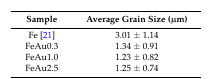
<table><thead><tr><td><b>Sample</b></td><td><b>Average Grain Size (μm) </b></td></tr></thead><tbody><tr><td>Fe [21]</td><td>3.01 ± 1.14 </td></tr><tr><td>FeAu0.3</td><td>1.34 ± 0.91 </td></tr><tr><td>FeAu1.0</td><td>1.23 ± 0.82 </td></tr><tr><td>FeAu2.5</td><td>1.25 ± 0.74</td></tr></tbody></table>